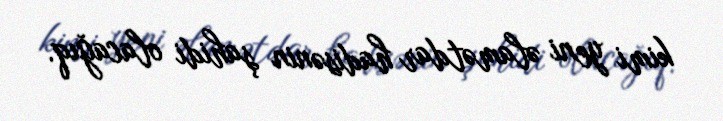
kimi yeni əlamətdar hadisənin şahidi olacağıq.